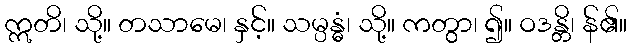
ဣတိ၊ သို့။ တသာမေ၊ နှင့်။ သမ္ပန္ဓံ၊ သို့။ ကတွာ၊ ၍။ ဝဒန္တိ၊ န်၏။